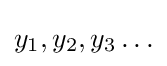
y_{1},y_{2},y_{3}\ldots